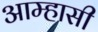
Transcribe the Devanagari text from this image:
आम्हासी